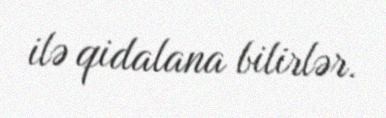
ilə qidalana bilirlər.